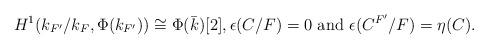
LaTeX: \begin{align*} H^1(k_{F'}/k_F,\Phi(k_{F'}))\cong\Phi(\bar{k})[2], \epsilon(C/F)=0 \textup{ and } \epsilon(C^{F'}/F)=\eta(C).\end{align*}